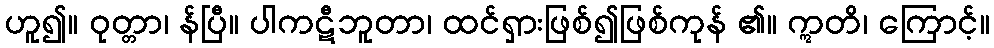
ဟူ၍။ ဝုတ္တာ၊ န်ပြီ။ ပါကဋီဘူတာ၊ ထင်ရှားဖြစ်၍ဖြစ်ကုန် ၏။ ဣတိ၊ ကြောင့်။